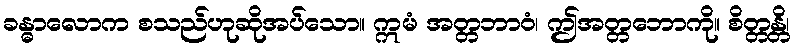
ခန္ဓာလောက စသည်ဟုဆိုအပ်သော။ ဣမံ အတ္တဘာဝံ၊ ဤအတ္တဘောကို။ စိတ္တန္တိ၊